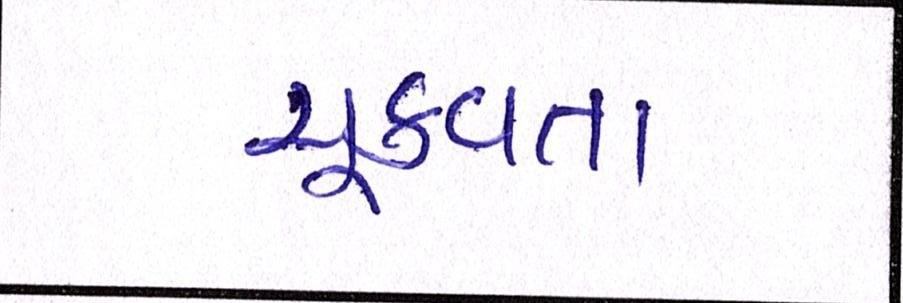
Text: ચૂકવતા